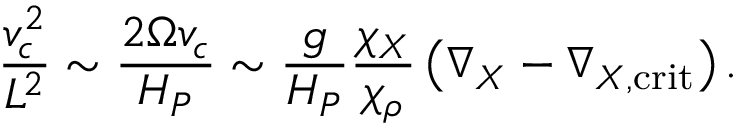
{ \frac { v _ { c } ^ { 2 } } { L ^ { 2 } } } \sim { \frac { 2 \Omega v _ { c } } { H _ { P } } } \sim { \frac { g } { H _ { P } } } { \frac { \chi _ { X } } { \chi _ { \rho } } } \left( \nabla _ { X } - \nabla _ { X , \mathrm { c r i t } } \right) .